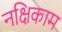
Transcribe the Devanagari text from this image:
नक्षिकाम